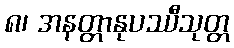
၈၊ အနတ္တာနုပဿီသုတ္တ